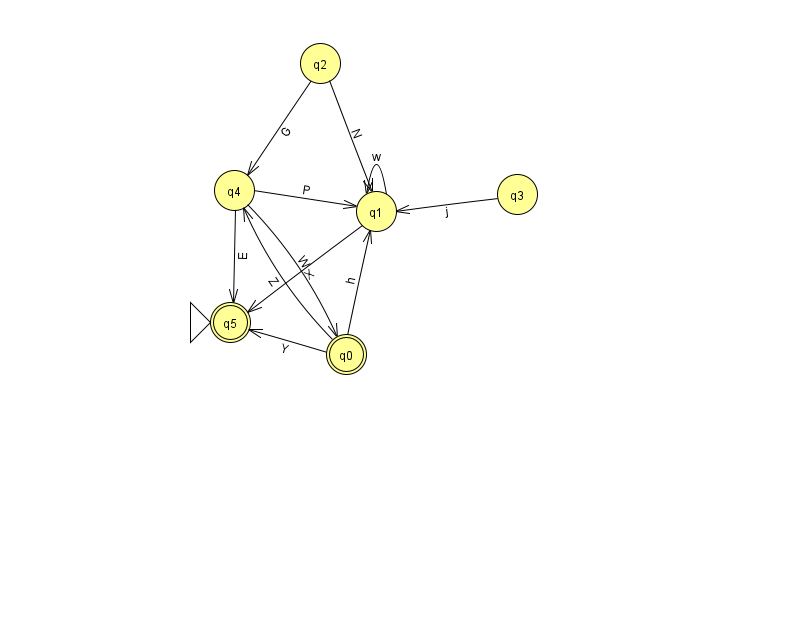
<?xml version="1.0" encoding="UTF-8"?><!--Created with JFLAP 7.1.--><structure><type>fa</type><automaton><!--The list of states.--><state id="0" name="q0"><x>346.0</x><y>341.0</y><final/></state><state id="1" name="q1"><x>376.0</x><y>198.0</y></state><state id="2" name="q2"><x>320.0</x><y>50.0</y></state><state id="3" name="q3"><x>517.0</x><y>181.0</y></state><state id="4" name="q4"><x>234.0</x><y>177.0</y></state><state id="5" name="q5"><x>230.0</x><y>309.0</y><initial/><final/></state><!--The list of transitions.--><transition><from>1</from><to>5</to><read>X</read></transition><transition><from>4</from><to>1</to><read>P</read></transition><transition><from>2</from><to>1</to><read>N</read></transition><transition><from>0</from><to>5</to><read>Y</read></transition><transition><from>4</from><to>0</to><read>W</read></transition><transition><from>1</from><to>1</to><read>w</read></transition><transition><from>0</from><to>4</to><read>Z</read></transition><transition><from>3</from><to>1</to><read>j</read></transition><transition><from>2</from><to>4</to><read>G</read></transition><transition><from>0</from><to>1</to><read>h</read></transition><transition><from>4</from><to>5</to><read>E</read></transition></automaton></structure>